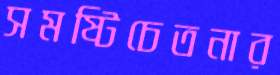
সমষ্টিচেতনার